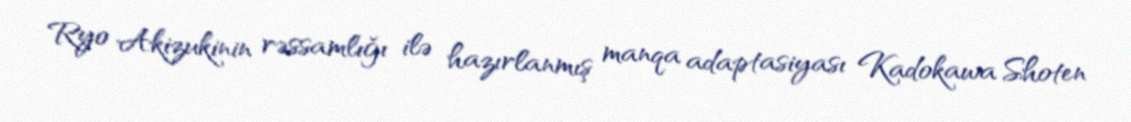
Ryo Akizukinin rəssamlığı ilə hazırlanmış manqa adaptasiyası Kadokawa Shoten